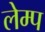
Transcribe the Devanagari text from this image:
लेम्प